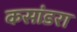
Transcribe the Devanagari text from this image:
कसांडरा